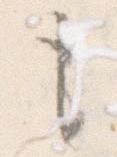
も